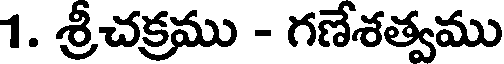
1. శ్రీచక్రము - గణేశత్వము